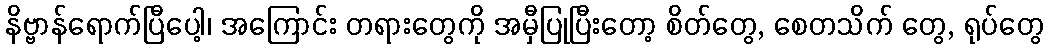
နိဗ္ဗာန်ရောက်ပြီပေါ့၊ အကြောင်း တရားတွေကို အမှီပြုပြီးတော့ စိတ်တွေ, စေတသိက် တွေ, ရုပ်တွေ